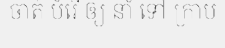
ចាត់ បំរើ ឲ្យ នាំ ទៅ ក្រាប